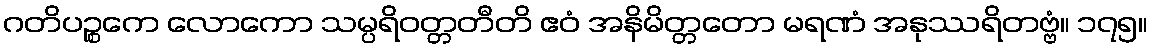
ဂတိပဉ္စကေ လောကော သမ္ပရိဝတ္တတီတိ ဧဝံ အနိမိတ္တတော မရဏံ အနုဿရိတဗ္ဗံ။ ၁၇၅။